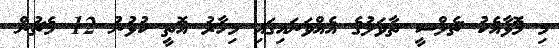
މި މޮޅާއެކު ޗެލްސީ ތާވަލުގެ އެއްވަނައިގައި މިހާރު އޮތީ ކުޅުނު 12 މެޗުން